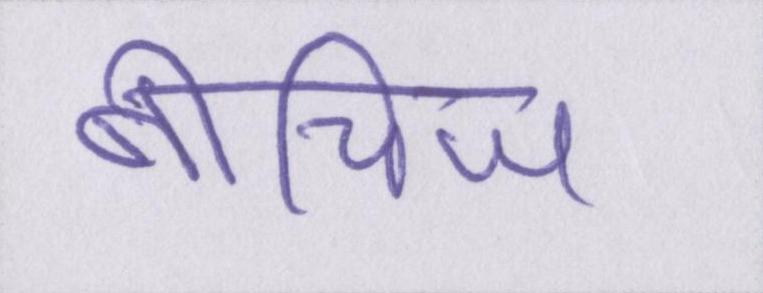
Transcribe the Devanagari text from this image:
बीचिज